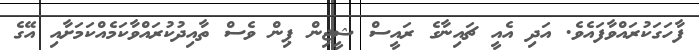
ފާހަގަކުރައްވާފައެވެ. އަދި އެއީ ޗައިނާގެ ރައީސް ޝީޖިން ޕިން ވެސް ތާއިދުކުރައްވާކަމެއްކަމަށާއި އޭގެ